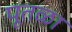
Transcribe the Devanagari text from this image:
पूतळा